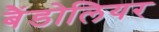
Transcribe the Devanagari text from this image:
बैंडोलियर